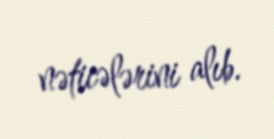
nəticələrini alıb.